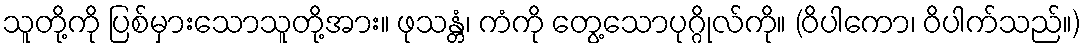
သူတို့ကို ပြစ်မှားသောသူတို့အား။ ဖုသန္တံ၊ ကံကို တွေ့သောပုဂ္ဂိုလ်ကို။ (ဝိပါကော၊ ဝိပါက်သည်။)